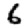
Digit: 6